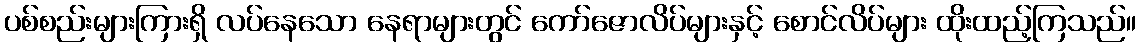
ပစ်စည်းများကြားရှိ လပ်နေသော နေရာများတွင် ကော်ဇောလိပ်များနှင့် စောင်လိပ်များ ထိုးထည့်ကြသည်။